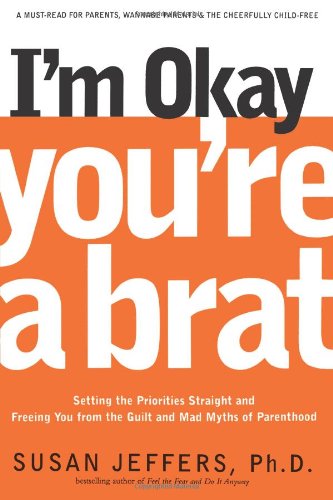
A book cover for I'm Okay, You're a Brat!: Setting the Priorities Straight and Freeing You From the Guilt and Mad Myths of Parenthood; Susan Jeffers; Parenting & Relationships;